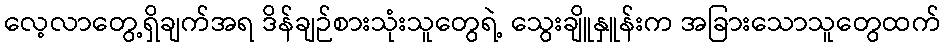
လေ့လာတွေ့ရှိချက်အရ ဒိန်ချဉ်စားသုံးသူတွေရဲ့ သွေးချိူနှူန်းက အခြားသောသူတွေထက်